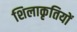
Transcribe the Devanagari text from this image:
शिलाकृतियों